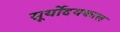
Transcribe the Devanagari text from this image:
सूर्योदयकाल